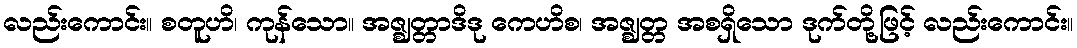
လည်းကောင်း။ စတူဟိ၊ ကုန်သော။ အဇ္ဈတ္တာဒိဒု ကေဟိစ၊ အဇ္ဈတ္တ အစရှိသော ဒုက်တို့ဖြင့် လည်းကောင်း။